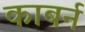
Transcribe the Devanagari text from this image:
काबर्न